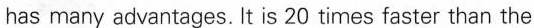
has many advantages. It is 20 times faster than the